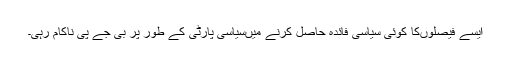
ایسے فیصلوںکا کوئی سیاسی فائدہ حاصل کرنے میںسیاسی پارٹی کے طور پر بی جے پی ناکام رہی۔